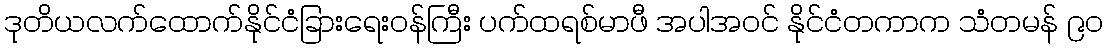
ဒုတိယလက်ထောက်နိုင်ငံခြားရေးဝန်ကြီး ပက်ထရစ်မာဖီ အပါအဝင် နိုင်ငံတကာက သံတမန် ၉၀